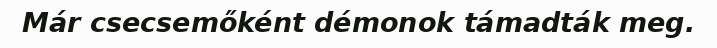
Már csecsemőként démonok támadták meg.